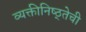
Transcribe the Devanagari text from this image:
व्यक्तीनिष्ठ्तेची